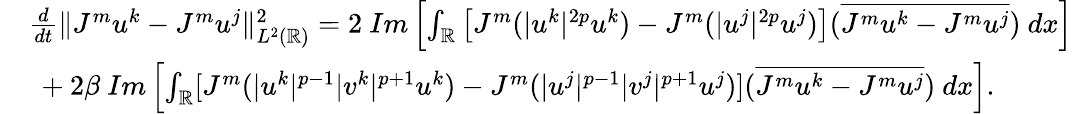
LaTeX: \begin{array}{rl}&{\frac{d}{dt}\| J^{m}u^{k}-J^{m}u^{j}\| _{L^{2}(\mathbb{R})}^{2}=2\ Im\left[\int_{\mathbb{R}}\left[J^{m}(|u^{k}|^{2p}u^{k})-J^{m}(|u^{j}|^{2p}u^{j})\right](\overline{{J^{m}u^{k}-J^{m}u^{j}}})\ dx\right]}\\ &{\ +2\beta\ Im\left[\int_{\mathbb{R}}[J^{m}(|u^{k}|^{p-1}|v^{k}|^{p+1}u^{k})-J^{m}(|u^{j}|^{p-1}|v^{j}|^{p+1}u^{j})](\overline{{J^{m}u^{k}-J^{m}u^{j}}})\ dx\right].}\end{array}